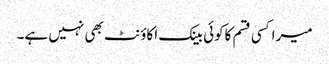
میراکسی قسم کاکوئی بینک اکاؤنٹ بھی نہیں ہے۔